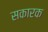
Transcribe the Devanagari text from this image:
सकारक